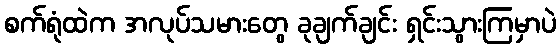
စက်ရုံထဲက အလုပ်သမားတွေ ခုချက်ချင်း ရှင်းသွားကြမှာပဲ